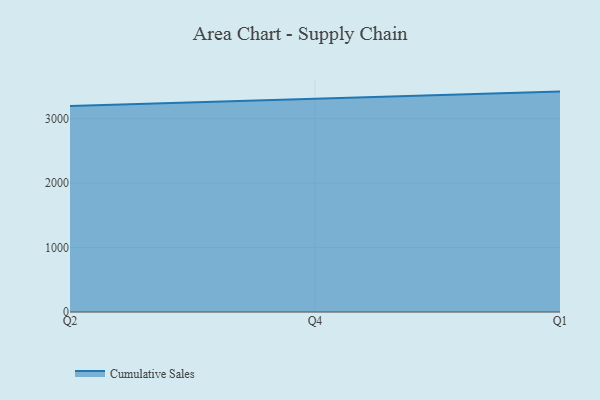
{"axis": {"x": "Quarter", "y": "Satisfaction Score"}, "legend": ["Cumulative Sales"], "data": [{"x": "Q2", "y": 3195.2, "type": "Cumulative Sales"}, {"x": "Q4", "y": 3305.4, "type": "Cumulative Sales"}, {"x": "Q1", "y": 3418.9, "type": "Cumulative Sales"}]}